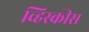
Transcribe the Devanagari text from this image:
व्हिस्कीस